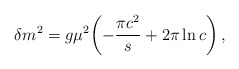
\begin{align*}\delta m^2 = g \mu^2 \biggl(-\frac{\pi c^2}{s} + 2\pi \ln c \biggr)\,,\end{align*}